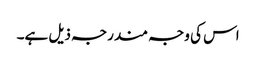
اس کی وجہ مندرجہ ذیل ہے۔